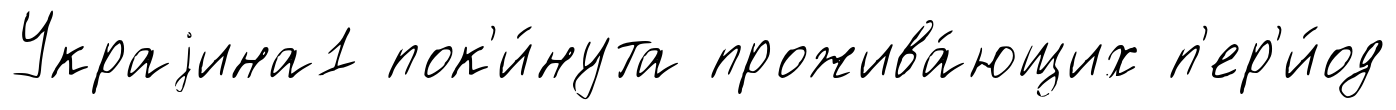
Украjина1 пок'и́нута прожива́ющих п'ер'и́од